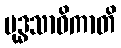
ဗုဒ္ဓသာဝိကာတိ